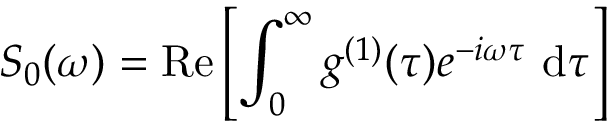
S _ { 0 } ( \omega ) = \mathrm { R e } \left[ \int _ { 0 } ^ { \infty } g ^ { ( 1 ) } ( \tau ) e ^ { - i \omega \tau } ~ \mathrm { d } \tau \right]